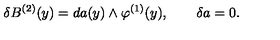
\delta B ^ { ( 2 ) } ( y ) = d a ( y ) \wedge \varphi ^ { ( 1 ) } ( y ) , \qquad \delta a = 0 .